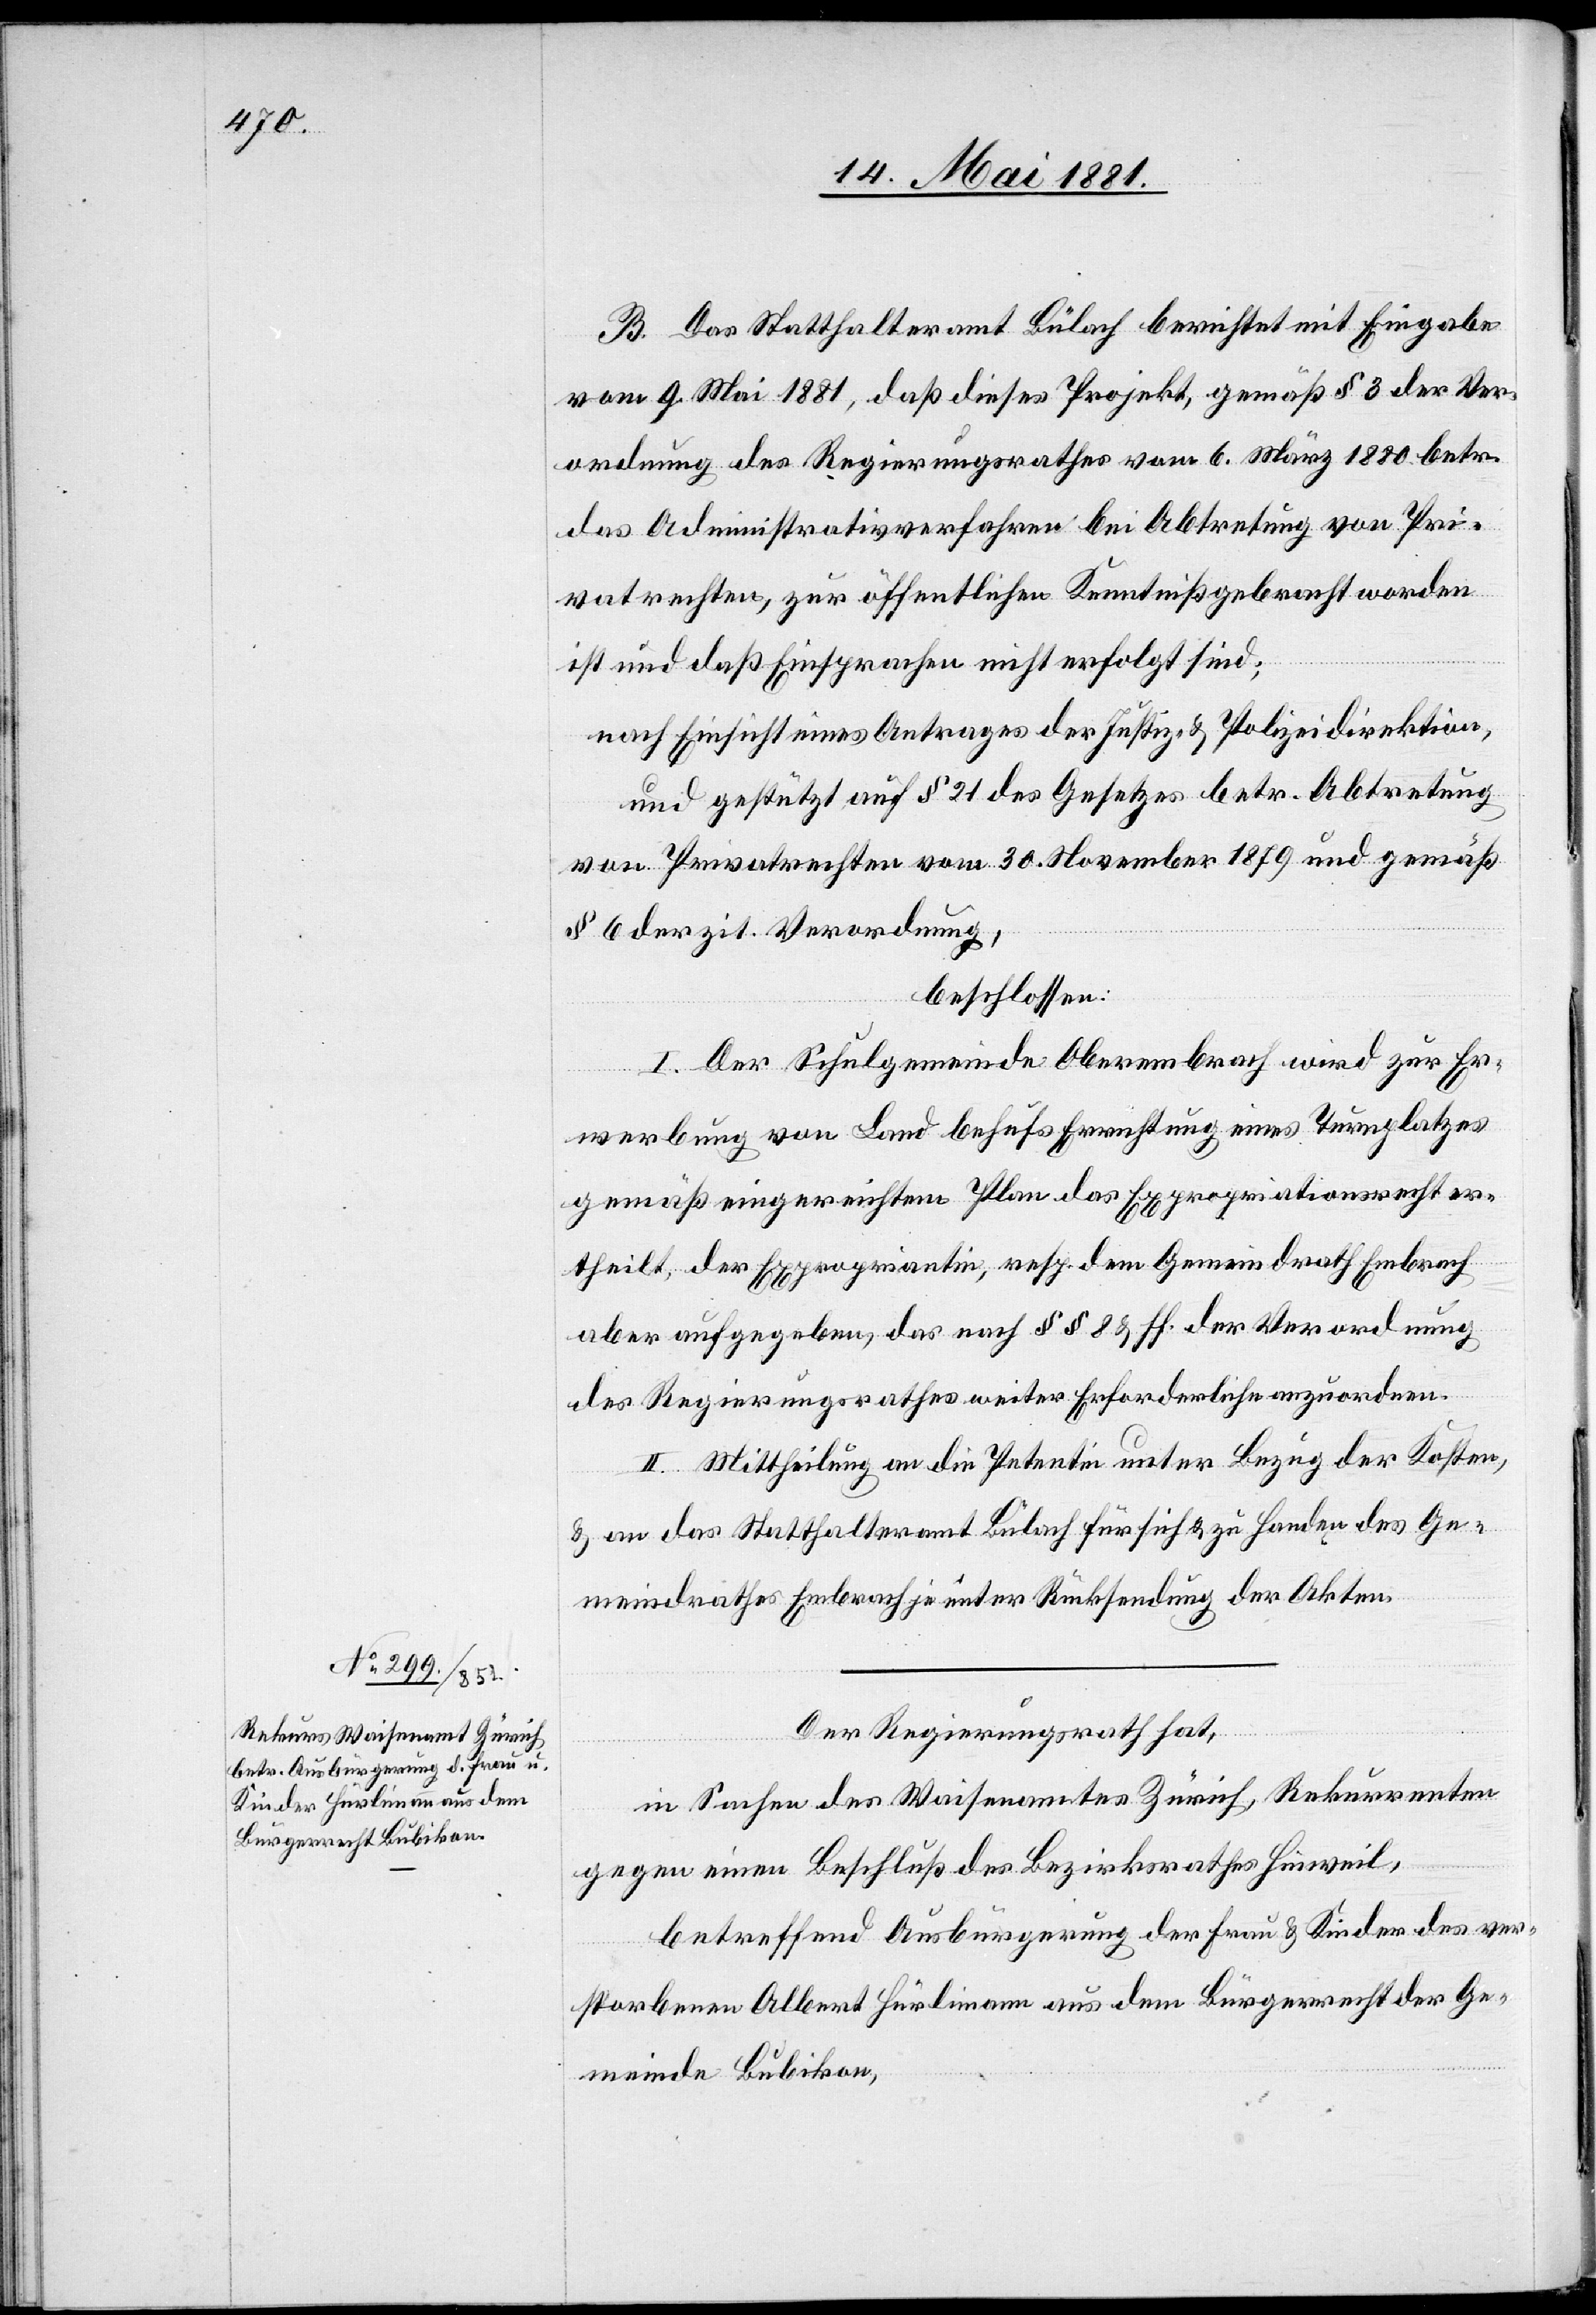
B. Das Statthalteramt Bülach berichtet mit Eingabe
vom 9. Mai 1881, daß dieses Projekt, gemäß § 3 der Ver¬
ordnung des Regierungsrathes vom 6. März 1880 betr.
das Administrativverfahren bei Abtretung von Pri¬
vatrechten, zur öffentlichen Kenntniß gebracht worden
ist und daß Einsprachen nicht erfolgt sind;
nach Einsicht eines Antrages der Justiz- & Polizeidirektion,
und gestützt auf § 21 des Gesetzes betr. Abtretung
von Privatrechten vom 30. November 1879 und gemäß
§ 6 der zit. Verordnung,
beschlossen:
I. Der Schulgemeinde Oberembrach wird zur Er¬
werbung von Land behufs Errichtung eines Thurnplatzes
gemäß eingereichtem Plan das Expropriationsrecht er¬
theilt, der Expropriantin, resp. dem Gemeindrath Embrach
aber aufgegeben, das nach §§ 8 & ff. der Verordnung
des Regierungsrathes weiter Erforderliche anzuordnen.
II. Mittheilung an die Petentin unter Bezug der Kosten
& an das Statthalteramt Bülach für sich & zu Handen des Ge¬
meindrathes Embrach je unter Rücksendung der Akten.
Der Regierungsrath,
in Sachen des Waisenamtes Zürich, Rekurrenten
gegen einen Beschluß des Bezirksrathes Hinweil,
betreffend Ausbürgerung der Frau & Kinder des ver¬
storbenen Albert Hürlimann aus dem Bürgerrecht der Ge¬
meinde Bubikon,